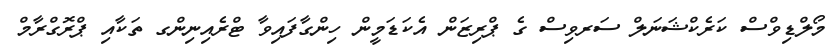
މޯލްޑިވްސް ކަރެކްޝަނަލް ސަރވިސް ގެ ޕްރިޒަން އެކަޑަމީން ހިންގާފައިވާ ޓްރެއިނިންގ ތަކާއި ޕްރޮގްރާމް